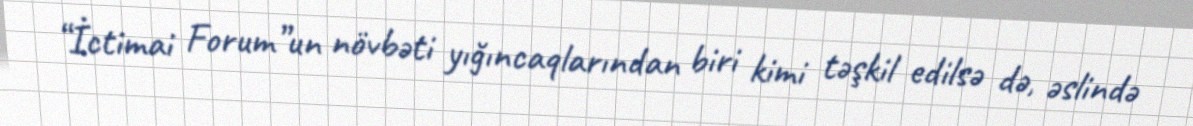
“İctimai Forum”un növbəti yığıncaqlarından biri kimi təşkil edilsə də, əslində